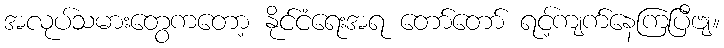
အလုပ်သမားတွေကတော့ နိုင်ငံရေးအရ တော်တော် ရင့်ကျက်နေကြပြီဗျ။